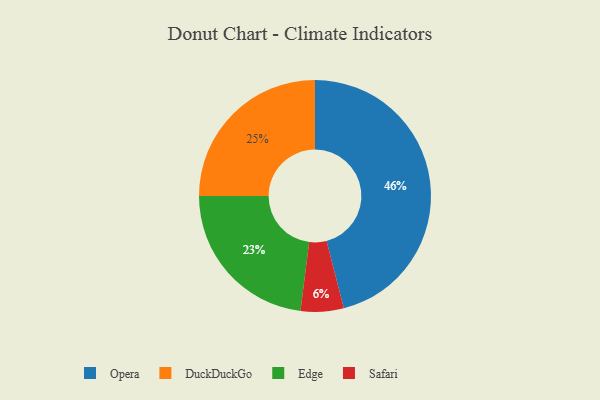
{"axis": {"x": "Category", "y": "Percentage"}, "legend": ["DuckDuckGo", "Edge", "Opera", "Safari"], "data": [{"x": "DuckDuckGo", "y": 25, "type": "DuckDuckGo"}, {"x": "Edge", "y": 23, "type": "Edge"}, {"x": "Safari", "y": 6, "type": "Safari"}, {"x": "Opera", "y": 46, "type": "Opera"}]}